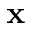
\textbf { x }